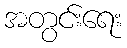
အတွင်းရေး